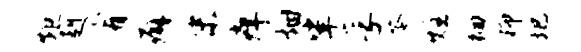
炬赳宥癖末痒烟挲孚苓炷徊抑圯